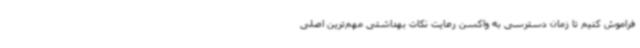
فراموش کنیم تا زمان دسترسی به واکسن رعایت نکات بهداشتی مهم‌ترین اصلی